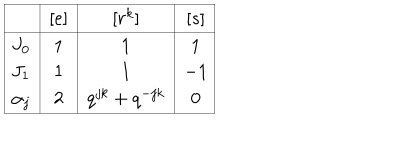
LaTeX: \begin{array} { | c | c | c | c | } \hline { { ~ } } & { { [ e ] } } & { { [ r ^ { k } ] } } & { { [ s ] } } \\ \hline { { J _ { 0 } } } & { { 1 } } & { { 1 } } & { { 1 } } \\ { { J _ { 1 } } } & { { 1 } } & { { 1 } } & { { - 1 } } \\ { { \alpha _ { j } } } & { { 2 } } & { { q ^ { j k } + q ^ { - j k } } } & { { 0 } } \\ \hline { { } } \\ \end{array}